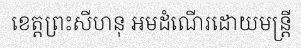
ខេត្តព្រះសីហនុ អមដំណើរដោយមន្ត្រី